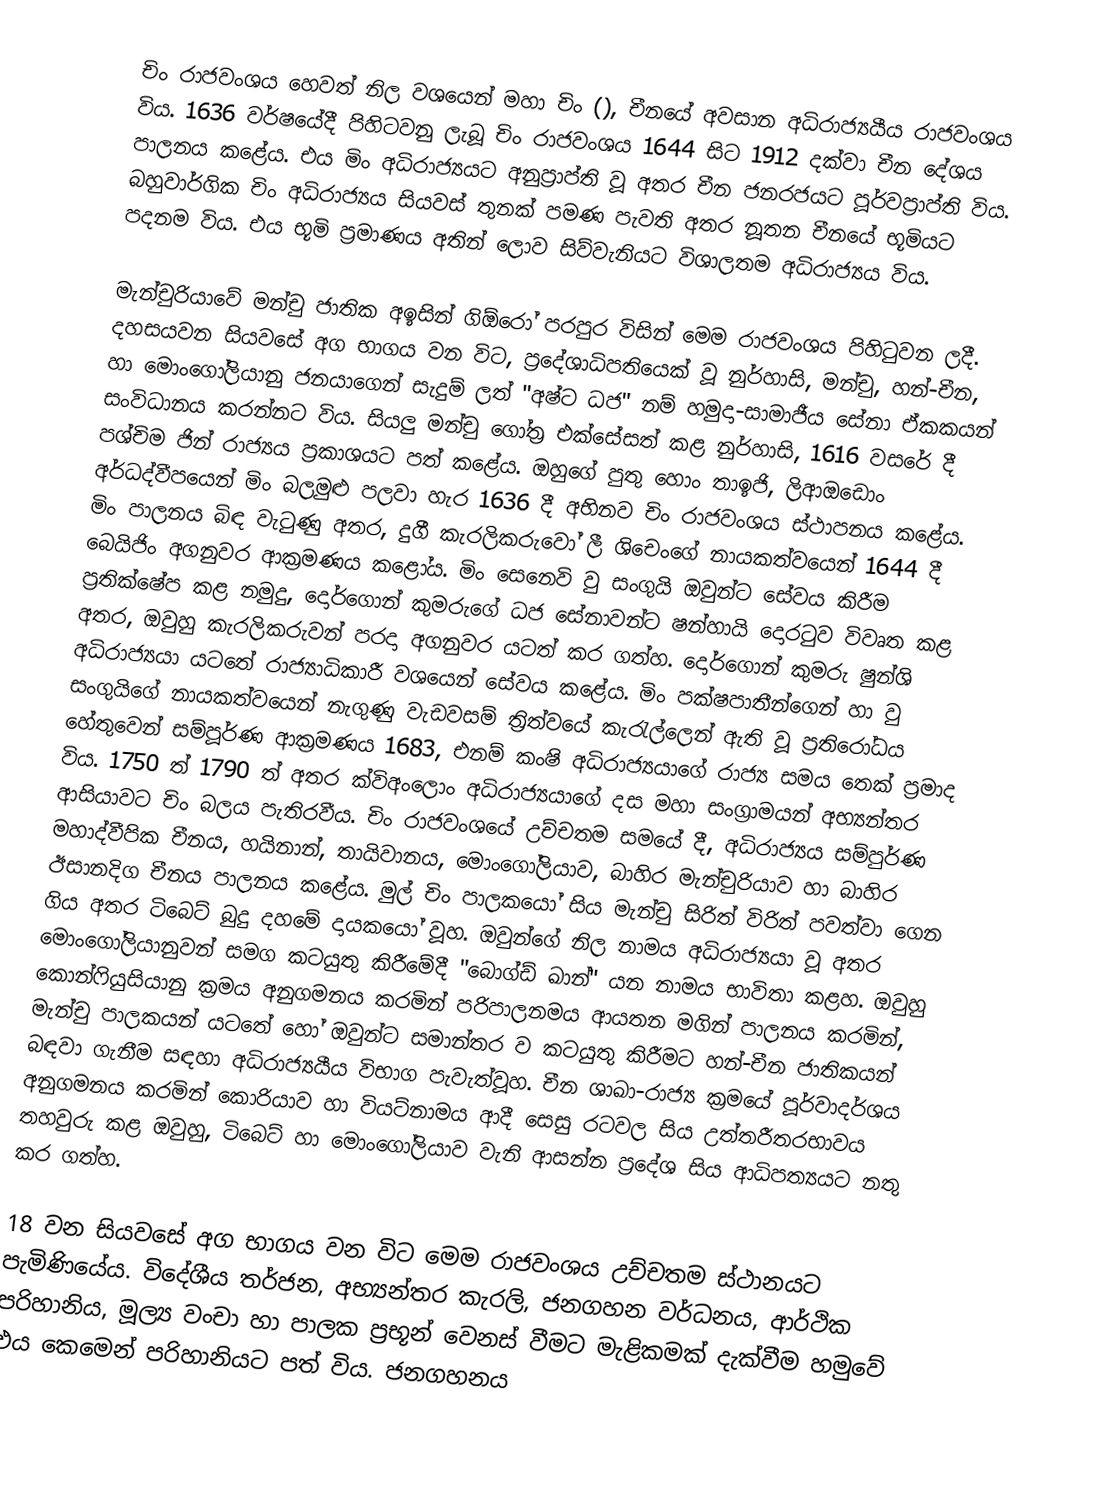
චිං රාජවංශය හෙවත් නිල වශයෙන් මහා චිං (), චීනයේ අවසාන අධිරාජ්‍යයීය රාජවංශය විය. 1636 වර්ෂයේදී පිහිටවනු ලැබූ චිං රාජවංශය 1644 සිට 1912 දක්වා චීන දේශය පාලනය කළේය. එය මිං අධිරාජ්‍යයට අනුප්‍රාප්ති වූ අතර චීන ජනරජයට පූර්වප්‍රාප්ති විය. බහුවාර්ගික චිං අධිරාජ්‍යය සියවස් තුනක් පමණ පැවති අතර නූතන චීනයේ භූමියට පදනම විය. එය භූමි ප්‍රමාණය අතින් ලොව සිව්වැනියට විශාලතම අධිරාජ්‍යය විය.

මැන්චුරියාවේ මන්චු ජාතික අඉසින් ගිඕරෝ පරපුර විසින් මෙම රාජවංශය පිහිටුවන ලදී. දහසයවන සියවසේ අග භාගය වන විට, ප්‍රදේශාධිපතියෙක් වූ නුර්හාසි, මන්චු, හන්-චීන, හා මොංගෝලියානු ජනයාගෙන් සැදුම් ලත් "අෂ්ට ධජ" නම් හමුදා-සාමාජීය සේනා ඒකකයන් සංවිධානය කරන්නට විය. සියලු මන්චු ගෝත්‍ර එක්සේසත් කළ නුර්හාසි, 1616 වසරේ දී පශ්චිම ජින් රාජ්‍යය ප්‍රකාශයට පත් කළේය. ඔහුගේ පුතු හොං තාඉජි, ලිආඔඩොං අර්ධද්වීපයෙන් මිං බලමුළු පලවා හැර 1636 දී අභිනව චිං රාජවංශය ස්ථාපනය කළේය. මිං පාලනය බිඳ වැටුණු අතර, දුගී කැරලිකරුවෝ ලී ශිචෙංගේ නායකත්වයෙන් 1644 දී බෙයිජිං අගනුවර ආක්‍රමණය කළෝය. මිං සෙනෙවි වු සංගුයි ඔවුන්ට සේවය කිරීම ප්‍රතික්ෂේප කළ නමුදු, දොර්ගොන් කුමරුගේ ධජ සේනාවන්ට ෂන්හායි දොරටුව විවෘත කළ අතර, ඔවුහු කැරලිකරුවන් පරදා අගනුවර යටත් කර ගත්හ. දොර්ගොන් කුමරු ෂුන්ශි අධිරාජ්‍යයා යටතේ රාජ්‍යාධිකාරී වශයෙන් සේවය කළේය. මිං පක්ෂපාතීන්ගෙන් හා වු සංගුයිගේ නායකත්වයෙන් නැගුණු වැඩවසම් ත්‍රිත්වයේ කැරැල්ලෙන් ඇති වූ ප්‍රතිරෝධය හේතුවෙන් සම්පූර්ණ ආක්‍රමණය 1683, එනම් කංෂි අධිරාජ්‍යයාගේ රාජ්‍ය සමය තෙක් ප්‍රමාද විය. 1750 ත් 1790 ත් අතර ක්විඅංලොං අධිරාජ්‍යයාගේ දස මහා සංග්‍රාමයන් අභ්‍යන්තර ආසියාවට චිං බලය පැතිරවීය. චිං රාජවංශයේ උච්චතම සමයේ දී, අධිරාජ්‍යය සම්පුර්ණ මහාද්වීපික චීනය, හයිනාන්, තායිවානය, මොංගෝලියාව, බාහිර මැන්චුරියාව හා බාහිර ඊසානදිග චීනය පාලනය කළේය. මුල් චිං පාලකයෝ සිය මැන්චු සිරිත් විරිත් පවත්වා ගෙන ගිය අතර ටිබෙට් බුදු දහමේ දායකයෝ වූහ. ඔවුන්ගේ නිල නාමය අධිරාජ්‍යයා වූ අතර මොංගෝලියානුවන් සමග කටයුතු කිරීමේදී "බොග්ඩ් ඛාන්" යන නාමය භාවිතා කළහ. ඔවුහු කොන්ෆියුසියානු ක්‍රමය අනුගමනය කරමින් පරිපාලනමය ආයතන මගින් පාලනය කරමින්, මැන්චු පාලකයන් යටතේ හෝ ඔවුන්ට සමාන්තර ව කටයුතු කිරීමට හන්-චීන ජාතිකයන් බඳවා ගැනීම සඳහා අධිරාජ්‍යයීය විභාග පැවැත්වූහ. චීන ශාඛා-රාජ්‍ය ක්‍රමයේ පූර්වාදර්ශය අනුගමනය කරමින් කොරියාව හා වියට්නාමය ආදී සෙසු රටවල සිය උත්තරීතරභාවය තහවුරු කළ ඔවුහු, ටිබෙට් හා මොංගෝලියාව වැනි ආසන්න ප්‍රදේශ සිය ආධිපත්‍යයට නතු කර ගත්හ.

18 වන සියවසේ අග භාගය වන විට මෙම රාජවංශය උච්චතම ස්ථානයට පැමිණියේය. විදේශීය තර්ජන, අභ්‍යන්තර කැරලි, ජනගහන වර්ධනය, ආර්ථික පරිහානිය, මූල්‍ය වංචා හා පාලක ප්‍රභූන් වෙනස් වීමට මැළිකමක් දැක්වීම හමුවේ එය කෙමෙන් පරිහානියට පත් විය. ජනගහනය